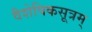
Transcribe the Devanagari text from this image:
वैशेषिकसूत्रम्